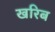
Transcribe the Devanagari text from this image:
खरिब